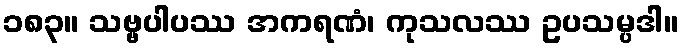
၁၈၃။ သဗ္ဗပါပဿ အကရဏံ၊ ကုသလဿ ဥပသမ္ပဒါ။